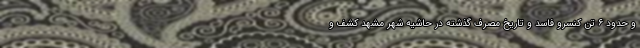
و حدود ۶ تن کنسرو فاسد و تاریخ مصرف گذشته در حاشیه شهر مشهد کشف و